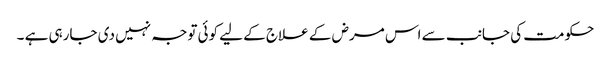
حکومت کی جانب سے اس مرض کے علاج کے لیے کوئی توجہ نہیں دی جارہی ہے ۔